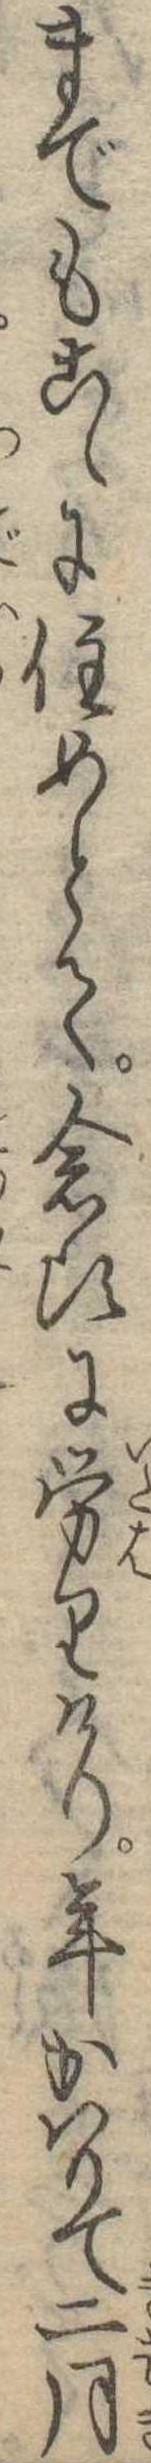
までもこゝに住めとて念比に労りけり年かはりて二月